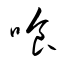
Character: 喰